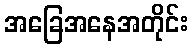
အခြေအနေအတိုင်း